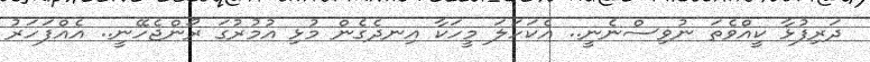
ދަރިފުޅާ ކީއްވެތަ ނުވިސްނެނީ.. އެކަހަލަ މީހަކާ އިނދެގެން މުޅި އުމުރުގަ ރޯންޖެހޭނީ.. އެއްފަހަރު